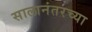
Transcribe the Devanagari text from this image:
सालानंतरच्या